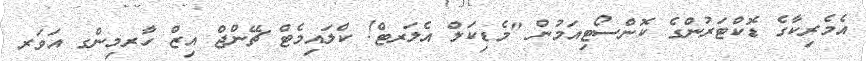
އެމެރިކާގެ ޑޮކްޓަރުންގެ ކޮންސޯޓިއަމުން "މެޑިކަލް އެލަރޓް! ކްލައިމެޓް ޗޭންޖް އިޒް ހާރމިންގ އަވަރ